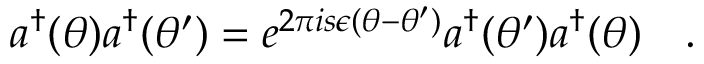
a ^ { \dagger } ( \theta ) a ^ { \dagger } ( \theta ^ { \prime } ) = e ^ { 2 \pi i s \epsilon ( \theta - \theta ^ { \prime } ) } a ^ { \dagger } ( \theta ^ { \prime } ) a ^ { \dagger } ( \theta ) \quad .